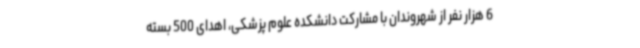
6 هزار نفر از شهروندان با مشارکت دانشکده علوم پزشکی، اهدای 500 بسته